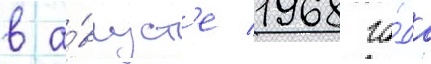
в а́вгуст'е 1968 го́да